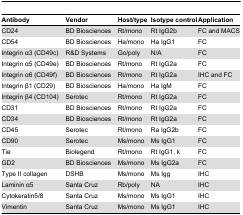
| Antibody | Vendor | Host/type | Isotype control | Application |
 | --- | --- | --- | --- | --- |
 | CD24 | BD Biosciences | Rt/mono | Rt IgG2b | FC and MACS |
 | CD54 | BD Biosciences | Ha/mono | Ha IgG1 | FC |
 | Integrin α3 (CD49c) | R&D Systems | Go/poly | N/A | FC |
 | Integrin α5 (CD49e) | BD Biosciences | Rt/mono | Rt IgG2a | FC |
 | Integrin α6 (CD49f) | BD Biosciences | Rt/mono | Rt IgG2a | IHC and FC |
 | Integrin β1 (CD29) | BD Biosciences | Ha/mono | Ha IgM | FC |
 | Integrin β4 (CD104) | Serotec | Rt/mono | Rt IgG2a | FC |
 | CD31 | BD Biosciences | Rt/mono | Rt IgG2a | FC |
 | CD34 | BD Biosciences | Rt/mono | Rt IgG2a | FC |
 | CD45 | Serotec | Rt/mono | Ra IgG2b | FC |
 | CD90 | Serotec | Ms/mono | Ms IgG1 | FC |
 | Tie | Biolegend | Rt/mono | Rt IgG1, k | FC |
 | GD2 | BD Biosciences | Ms/mono | Ms IgG2a | FC |
 | Type II collagen | DSHB | Ms/mono | Ms Igg | IHC |
 | Laminin α5 | Santa Cruz | Rb/poly | NA | IHC |
 | Cytokeratin5/8 | Santa Cruz | Ms/mono | Ms IgG1 | IHC |
 | Vimentin | Santa Cruz | Ms/mono | Ms IgG1 | IHC |